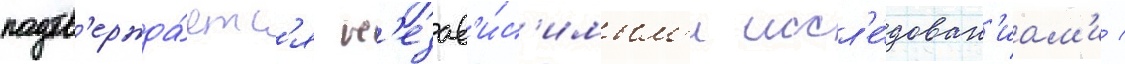
подтв'ержда́етс'я н'езав'и́с'имым'и иссл'е́дован'иам'и /